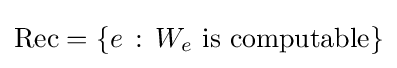
\mathrm {Rec} =\{e\,:\,W_{e}{\text{ is computable}}\}